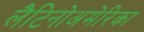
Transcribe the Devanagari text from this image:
लैटिनोअमेरिका